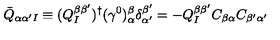
\bar { Q } _ { \alpha \alpha ^ { \prime } I } \equiv ( Q _ { I } ^ { \beta \beta ^ { \prime } } ) ^ { \dagger } ( \gamma ^ { 0 } ) _ { \alpha } ^ { \beta } \delta _ { \alpha ^ { \prime } } ^ { \beta ^ { \prime } } = - Q _ { I } ^ { \beta \beta ^ { \prime } } C _ { \beta \alpha } C _ { \beta ^ { \prime } \alpha ^ { \prime } }